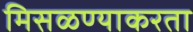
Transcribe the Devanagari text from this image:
मिसळण्याकरता